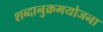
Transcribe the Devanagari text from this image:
शब्दानुक्रमयोजना